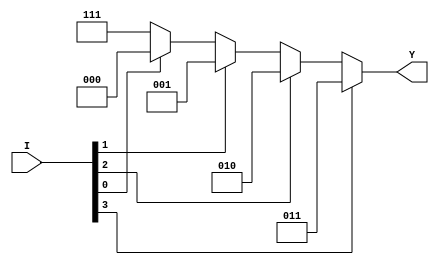
module pri_encoder2(
    input [3:0]I,
    output [2:0]Y
    );
    
    reg [2:0]Y;
    always @ (I) begin
        if(I[3])
            Y = 3'b011;
        else if(I[2])
            Y = 3'b010;
        else if(I[1])
            Y = 3'b001;
        else if(I[0])
            Y = 3'b000;
        else           //ʲôûм⵽
            Y = 3'b111;
    end
endmodule